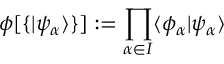
\phi [ \{ \vert \psi _ { \alpha } \rangle \} ] : = \prod _ { \alpha \in I } \langle \phi _ { \alpha } \vert \psi _ { \alpha } \rangle